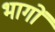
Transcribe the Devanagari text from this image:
भागाें